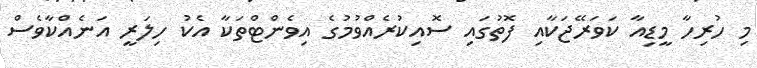
މި ހުރިހާ މީޑިއާ ކަވަރޭޖަކާއި ފޮތުގައި ސޮއިކުރެއްވުމުގެ އިވެންޓްތަކާ އެކު ހިލަރީ އަނެއްކާވެސް